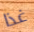
غذا